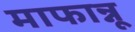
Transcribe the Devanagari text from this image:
माफान्नू